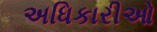
અધિકારીઓ